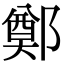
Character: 鄭